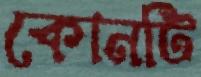
কোনটি